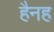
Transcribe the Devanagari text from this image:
हैनह